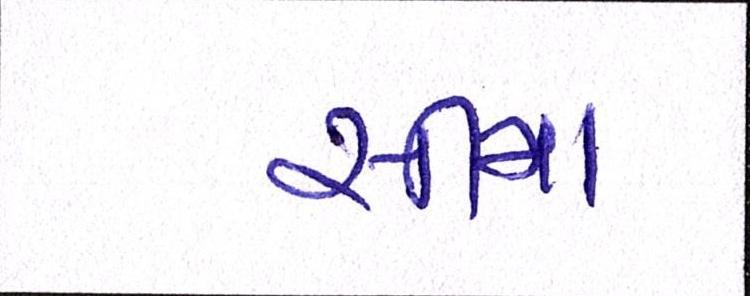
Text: સીમા